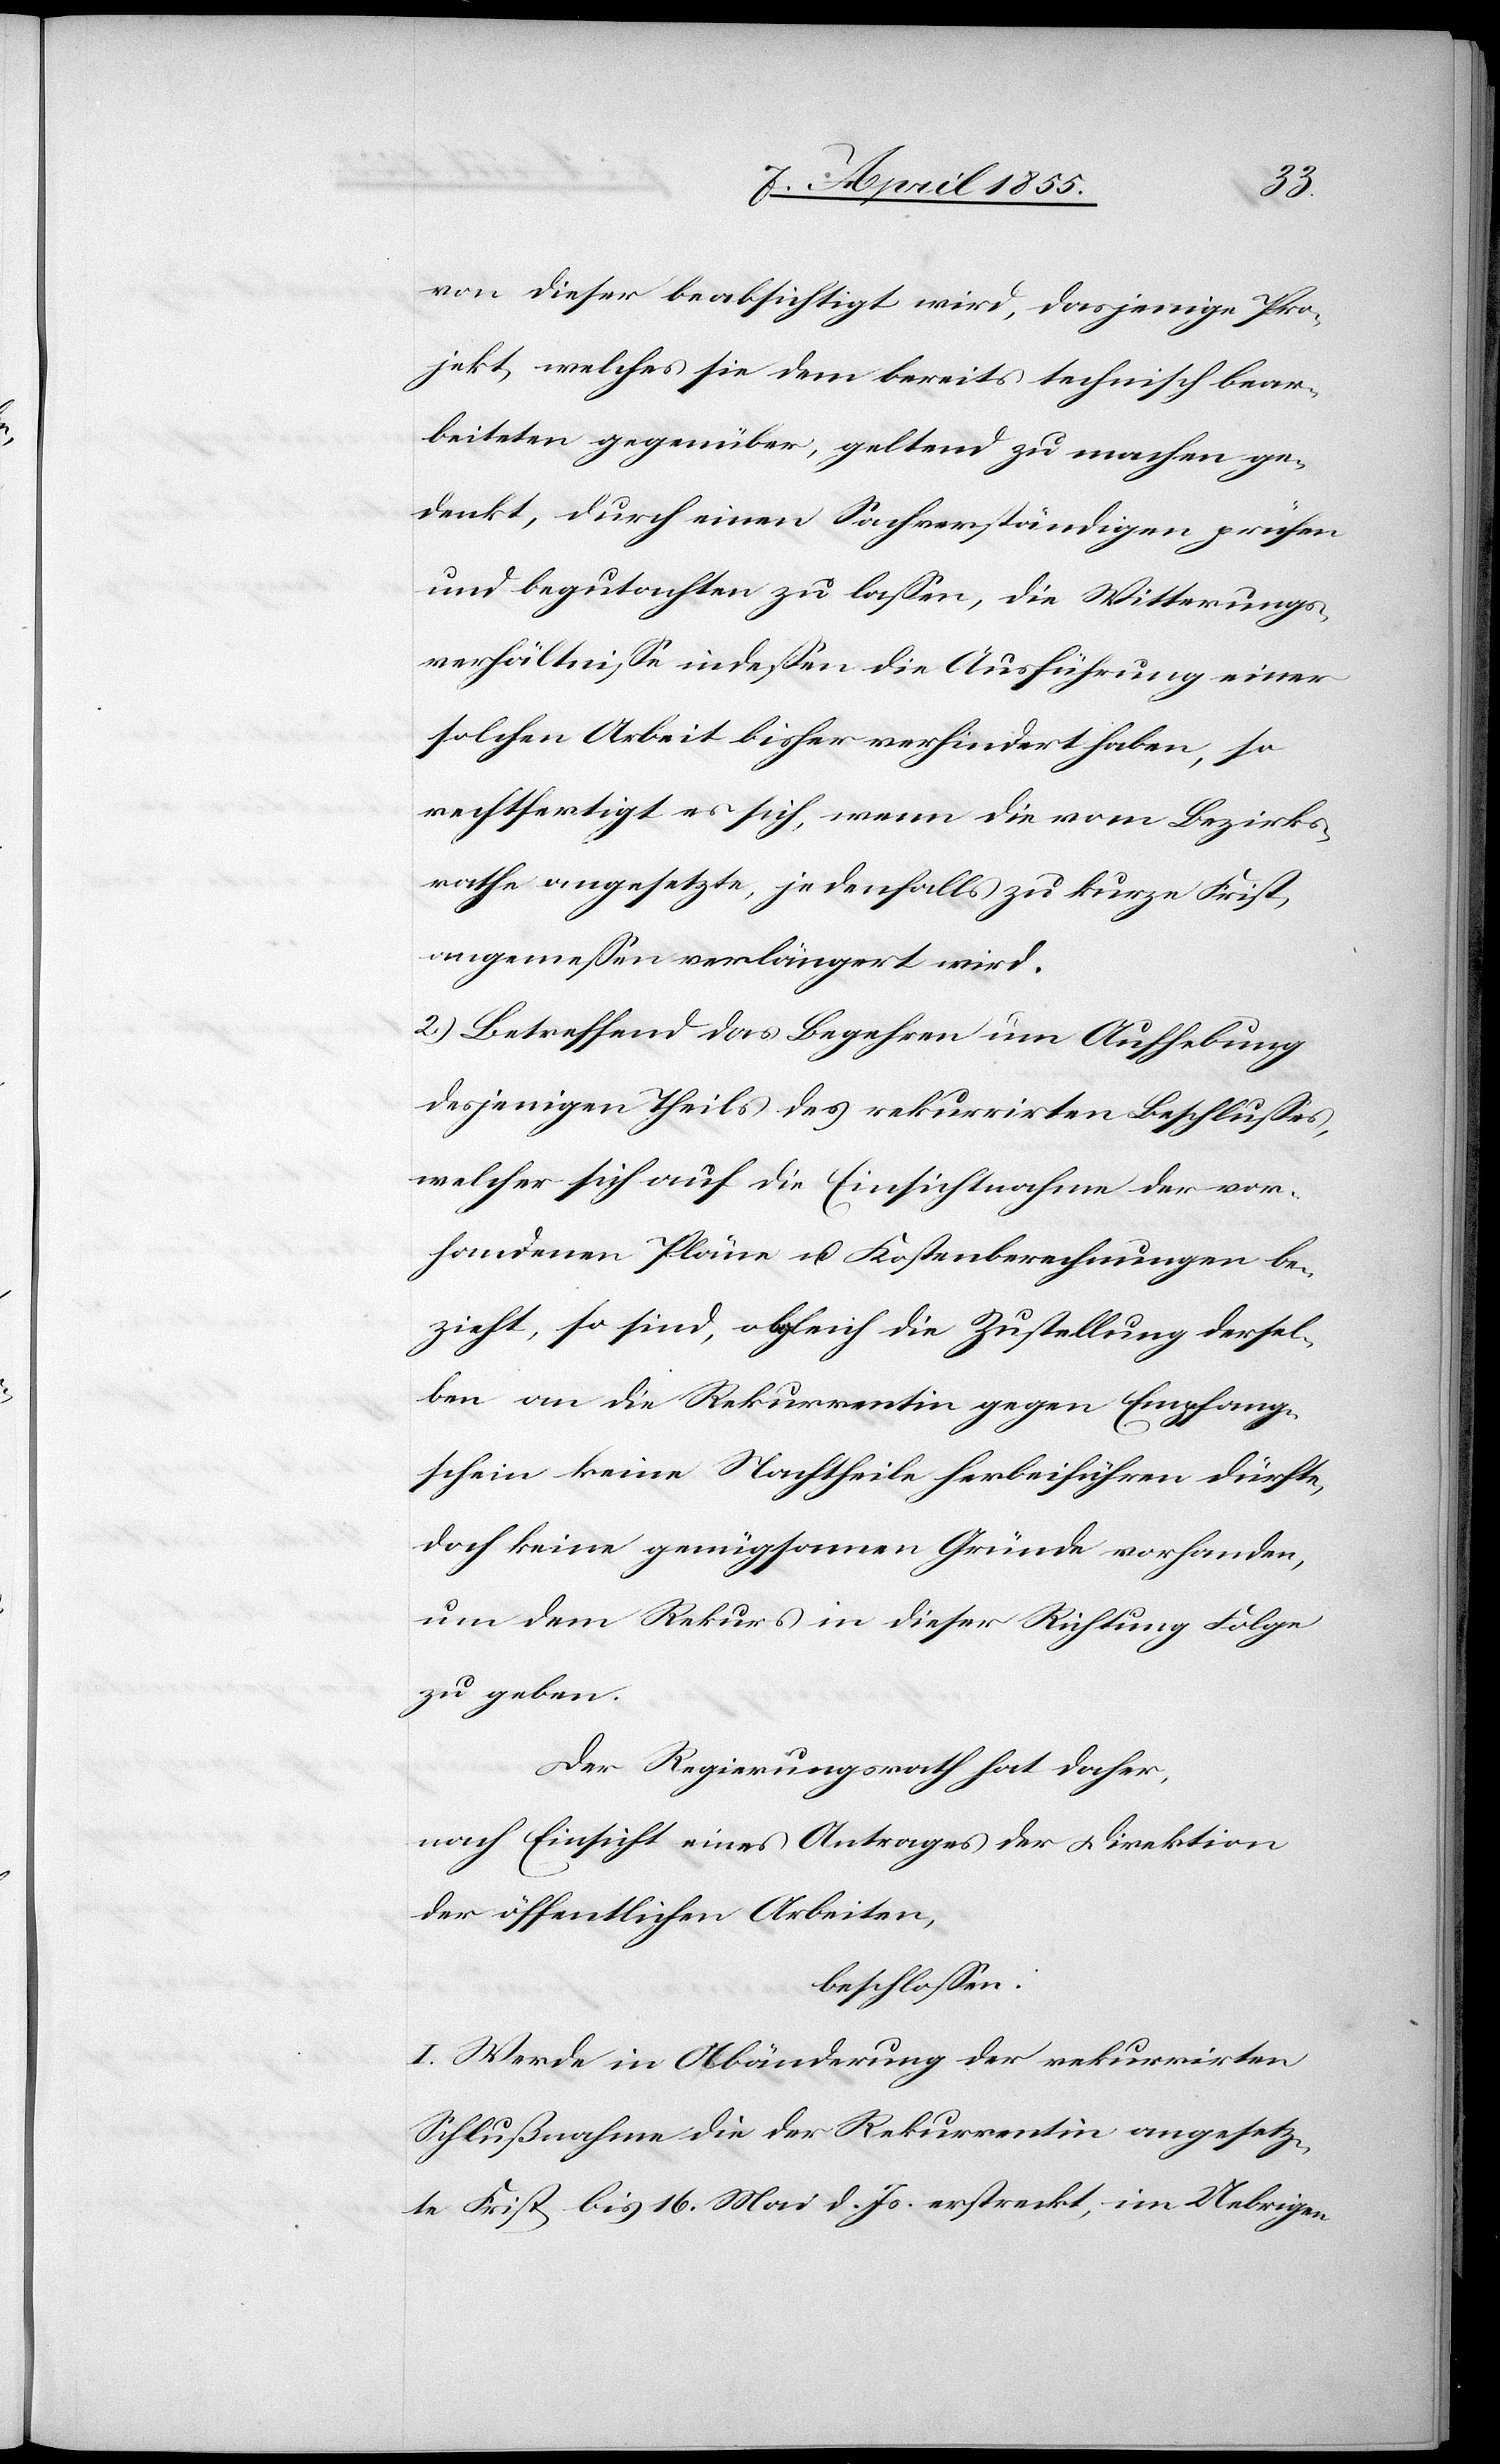
von dieser beabsichtigt wird, dasjenige Pro¬
jekt, welches sie dem bereits technisch bear¬
beiteten gegenüber, geltend zu machen ge¬
denkt, durch einen Sachverständigen prüfen
und begutachten zu lassen, die Witterungs¬
verhältnisse indessen die Ausführung einer
solchen Arbeit bisher verhindert haben, so
rechtfertigt es sich, wenn die vom Bezirks¬
rathe angesetzte, jedenfalls zu kurze Frist,
angemessen verlängert wird.
2) Betreffend das Begehren um Aufhebung
desjenigen Theils des rekurrirten Beschlusses,
welcher sich auf die Einsichtnahme der vor¬
handenen Pläne u. Kostenberechnungen be¬
zieht, so sind, obgleich die Zustellung dersel¬
ben an die Rekurrentin gegen Empfang¬
schein keine Nachtheile herbeiführen dürfte,
doch keine genügsamen Gründe vorhanden,
um dem Rekurs in dieser Richtung Folge
zu geben.
Der Regierungsrath hat daher,
nach Einsicht eines Antrages der Direktion
der öffentlichen Arbeiten,
beschlossen:
I. Werde in Abänderung der rekurrirten
Schlußnahme die der Rekurrentin angesetz¬
te Frist bis 16. Mai d. Js. erstreckt, im Uebrigen